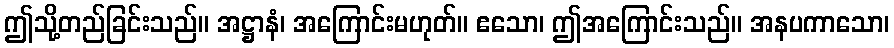
ဤသို့တည်ခြင်းသည်။ အဋ္ဌာနံ၊ အကြောင်းမဟုတ်။ ဧသော၊ ဤအကြောင်းသည်။ အနပကာသော၊